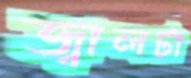
জ্বালটা